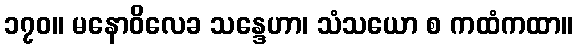
၁၇၀။ မနောဝိလေခ သန္ဒေဟာ၊ သံသယော စ ကထံကထာ။